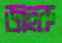
জহুরু